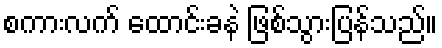
စကားလက် ထောင်းခနဲ ဖြစ်သွားပြန်သည်။